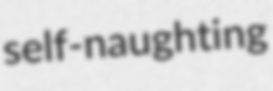
self-naughting